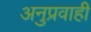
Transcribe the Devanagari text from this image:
अनुप्रवाही